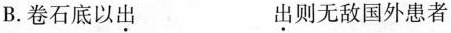
B.卷石底以\underset{·}{出} \underset{·}{出}则无敌国外患者